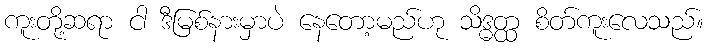
ကူးတို့ဆရာ ငါ ဒီမြစ်နားမှာပဲ နေတော့မည်ဟု သိဒ္ဓတ္ထ စိတ်ကူးလေသည်။